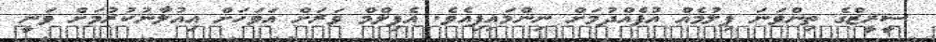
ސީރީޒްގެ ތިންވަނަ ފިލުމެއް އުފެއްދުމަށް ނިންމައިފިއެވެ. އެފިލްމް ވަރަށް އަވަހަށް އިއުލާނުކުރުމަށް ވަނީ